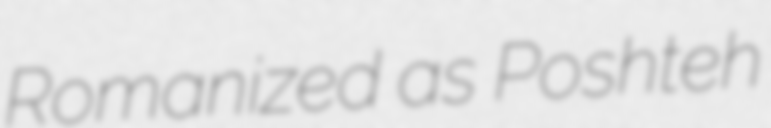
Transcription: Romanized as Poshteh